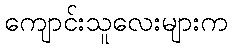
ကျောင်းသူလေးများက